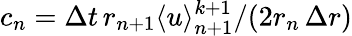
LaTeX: c_{n}=\Delta t\, r_{n+1}\langle u\rangle_{n+1}^{k+1}/(2r_{n}\, \Delta r)